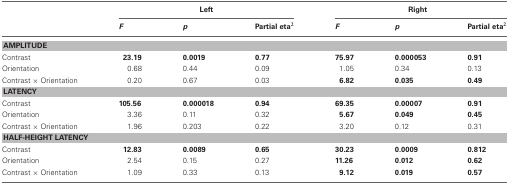
<table><thead><tr><td></td><td colspan="3"><b>Left</b></td><td colspan="3"><b>Right</b></td></tr><tr><td></td><td><b><i>F</i></b></td><td><b><i>p</i></b></td><td><b>Partial eta<sup>2</sup></b></td><td><b><i>F</i></b></td><td><b><i>p</i></b></td><td><b>Partial eta<sup>2</sup></b></td></tr></thead><tbody><tr><td colspan="7"><b>AMPLITUDE</b></td></tr><tr><td>Contrast</td><td><b>23.19</b></td><td><b>0.0019</b></td><td><b>0.77</b></td><td><b>75.97</b></td><td><b>0.000053</b></td><td><b>0.91</b></td></tr><tr><td>Orientation</td><td>0.68</td><td>0.44</td><td>0.09</td><td>1.05</td><td>0.34</td><td>0.13</td></tr><tr><td>Contrast × Orientation</td><td>0.20</td><td>0.67</td><td>0.03</td><td><b>6.82</b></td><td><b>0.035</b></td><td><b>0.49</b></td></tr><tr><td colspan="7"><b>LATENCY</b></td></tr><tr><td>Contrast</td><td><b>105.56</b></td><td><b>0.000018</b></td><td><b>0.94</b></td><td><b>69.35</b></td><td><b>0.00007</b></td><td><b>0.91</b></td></tr><tr><td>Orientation</td><td>3.36</td><td>0.11</td><td>0.32</td><td><b>5.67</b></td><td><b>0.049</b></td><td><b>0.45</b></td></tr><tr><td>Contrast × Orientation</td><td>1.96</td><td>0.203</td><td>0.22</td><td>3.20</td><td>0.12</td><td>0.31</td></tr><tr><td colspan="7"><b>HALF-HEIGHT LATENCY</b></td></tr><tr><td>Contrast</td><td><b>12.83</b></td><td><b>0.0089</b></td><td><b>0.65</b></td><td><b>30.23</b></td><td><b>0.0009</b></td><td><b>0.812</b></td></tr><tr><td>Orientation</td><td>2.54</td><td>0.15</td><td>0.27</td><td><b>11.26</b></td><td><b>0.012</b></td><td><b>0.62</b></td></tr><tr><td>Contrast × Orientation</td><td>1.09</td><td>0.33</td><td>0.13</td><td><b>9.12</b></td><td><b>0.019</b></td><td><b>0.57</b></td></tr></tbody></table>